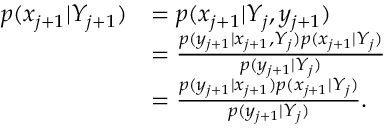
\begin{array} { r l } { p ( x _ { j + 1 } | Y _ { j + 1 } ) } & { = p ( x _ { j + 1 } | Y _ { j } , y _ { j + 1 } ) } \\ & { = \frac { p ( y _ { j + 1 } | x _ { j + 1 } , Y _ { j } ) p ( x _ { j + 1 } | Y _ { j } ) } { p ( y _ { j + 1 } | Y _ { j } ) } } \\ & { = \frac { p ( y _ { j + 1 } | x _ { j + 1 } ) p ( x _ { j + 1 } | Y _ { j } ) } { p ( y _ { j + 1 } | Y _ { j } ) } . } \end{array}